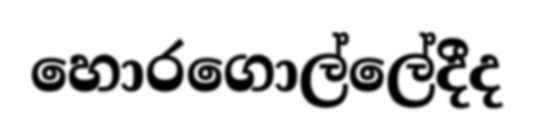
හොරගොල්ලේදීද